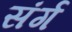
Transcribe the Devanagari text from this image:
संर्ग